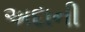
અદાની